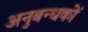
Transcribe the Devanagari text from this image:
अनुबन्धकों